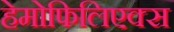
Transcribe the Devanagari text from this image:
हेमोफिलिएक्स